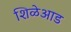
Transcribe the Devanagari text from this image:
शिळेआड